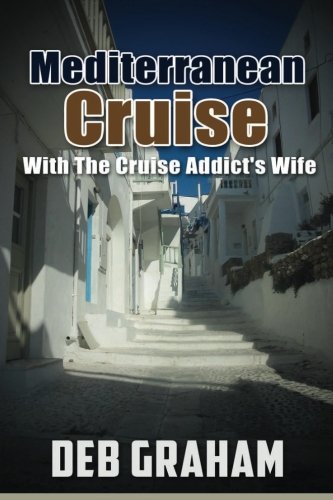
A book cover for Mediterranean Cruise: with the Cruise Addict's Wife; Deb Graham; Travel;